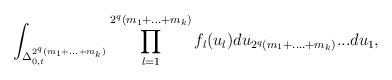
LaTeX: \begin{align*}\int_{\Delta_{0,t}^{2^{q}(m_{1}+...+m_{k})}}\prod_{l=1}^{2^{q}(m_{1}+...+m_{k})}f_{l}(u_{l})du_{2^{q}(m_{1}+....+m_{k})}...du_{1},\end{align*}